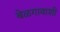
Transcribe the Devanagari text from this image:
बेळगावाशी